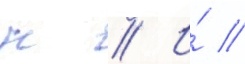
н // И́ //